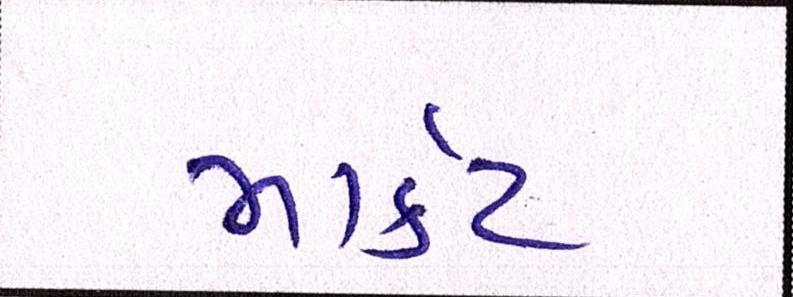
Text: માર્ક઼ટ